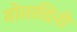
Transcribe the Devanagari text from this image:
वोतादिनी